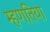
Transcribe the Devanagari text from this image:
म्हणतिया